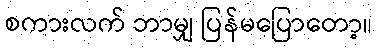
စကားလက် ဘာမျှ ပြန်မပြောတော့။